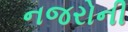
નજરોની